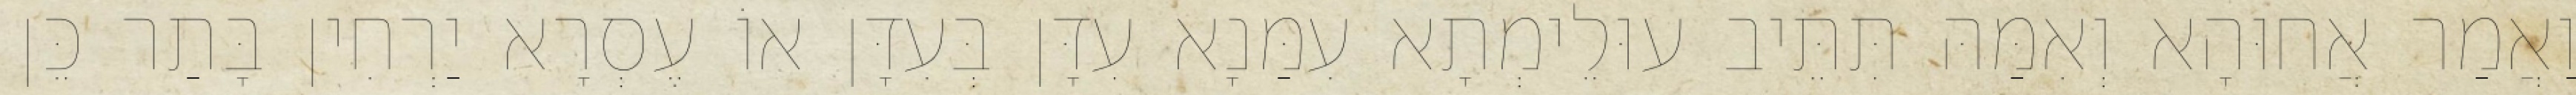
וַאֲמַר אֲחוּהָא וְאִמַּהּ תִּתֵּיב עוּלֵימְתָא עִמַּנָא עִדָּן בְּעִדָּן אוֹ עֶסְרָא יַרְחִין בָּתַר כֵּן